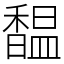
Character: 馧